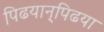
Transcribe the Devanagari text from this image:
पिढयान्‌पिढया